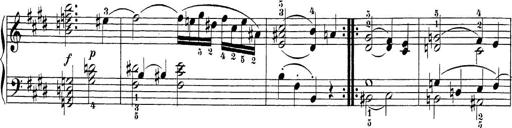
Title: Sonatina Album
Composer: Louis KÃ¶hler